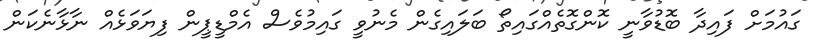
ގައުމަށް ފައިދާ ބޮޑުވާނީ ކޮންގޮތެއްގައިތޯ ބަލައިގެން މެނުވީ ގައިމުވެސް އެމްޑީޕީން ފިޔަވަޅެއް ނާޅާނެކަން